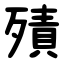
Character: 㱴